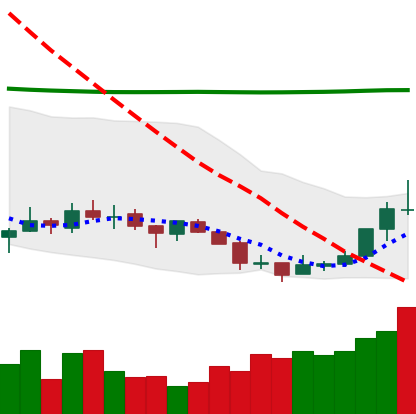
Ticker: TRX-USD
Chart end date: 2018-07-18
Forward return: -14.12%
Label: down_7plus